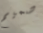
صميم